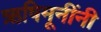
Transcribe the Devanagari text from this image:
ऋषिमूनींनी